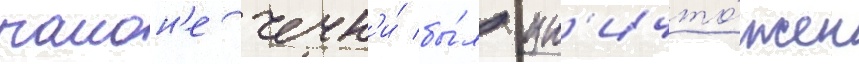
раион'е чечн'и́ бы́л ун'ичто́жен